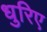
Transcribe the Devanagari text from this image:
धुरिए